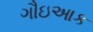
ગૌઇઆક